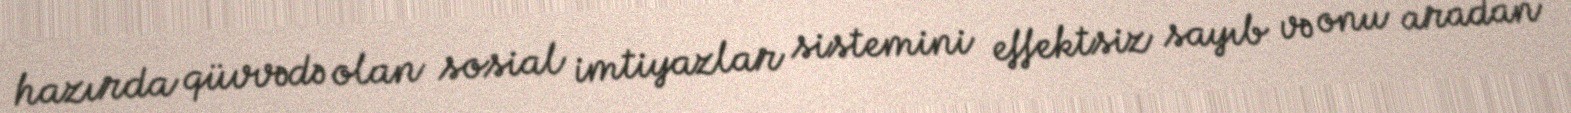
hazırda qüvvədə olan sosial imtiyazlar sistemini effektsiz sayıb və onu aradan